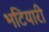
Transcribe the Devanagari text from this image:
भटियारी